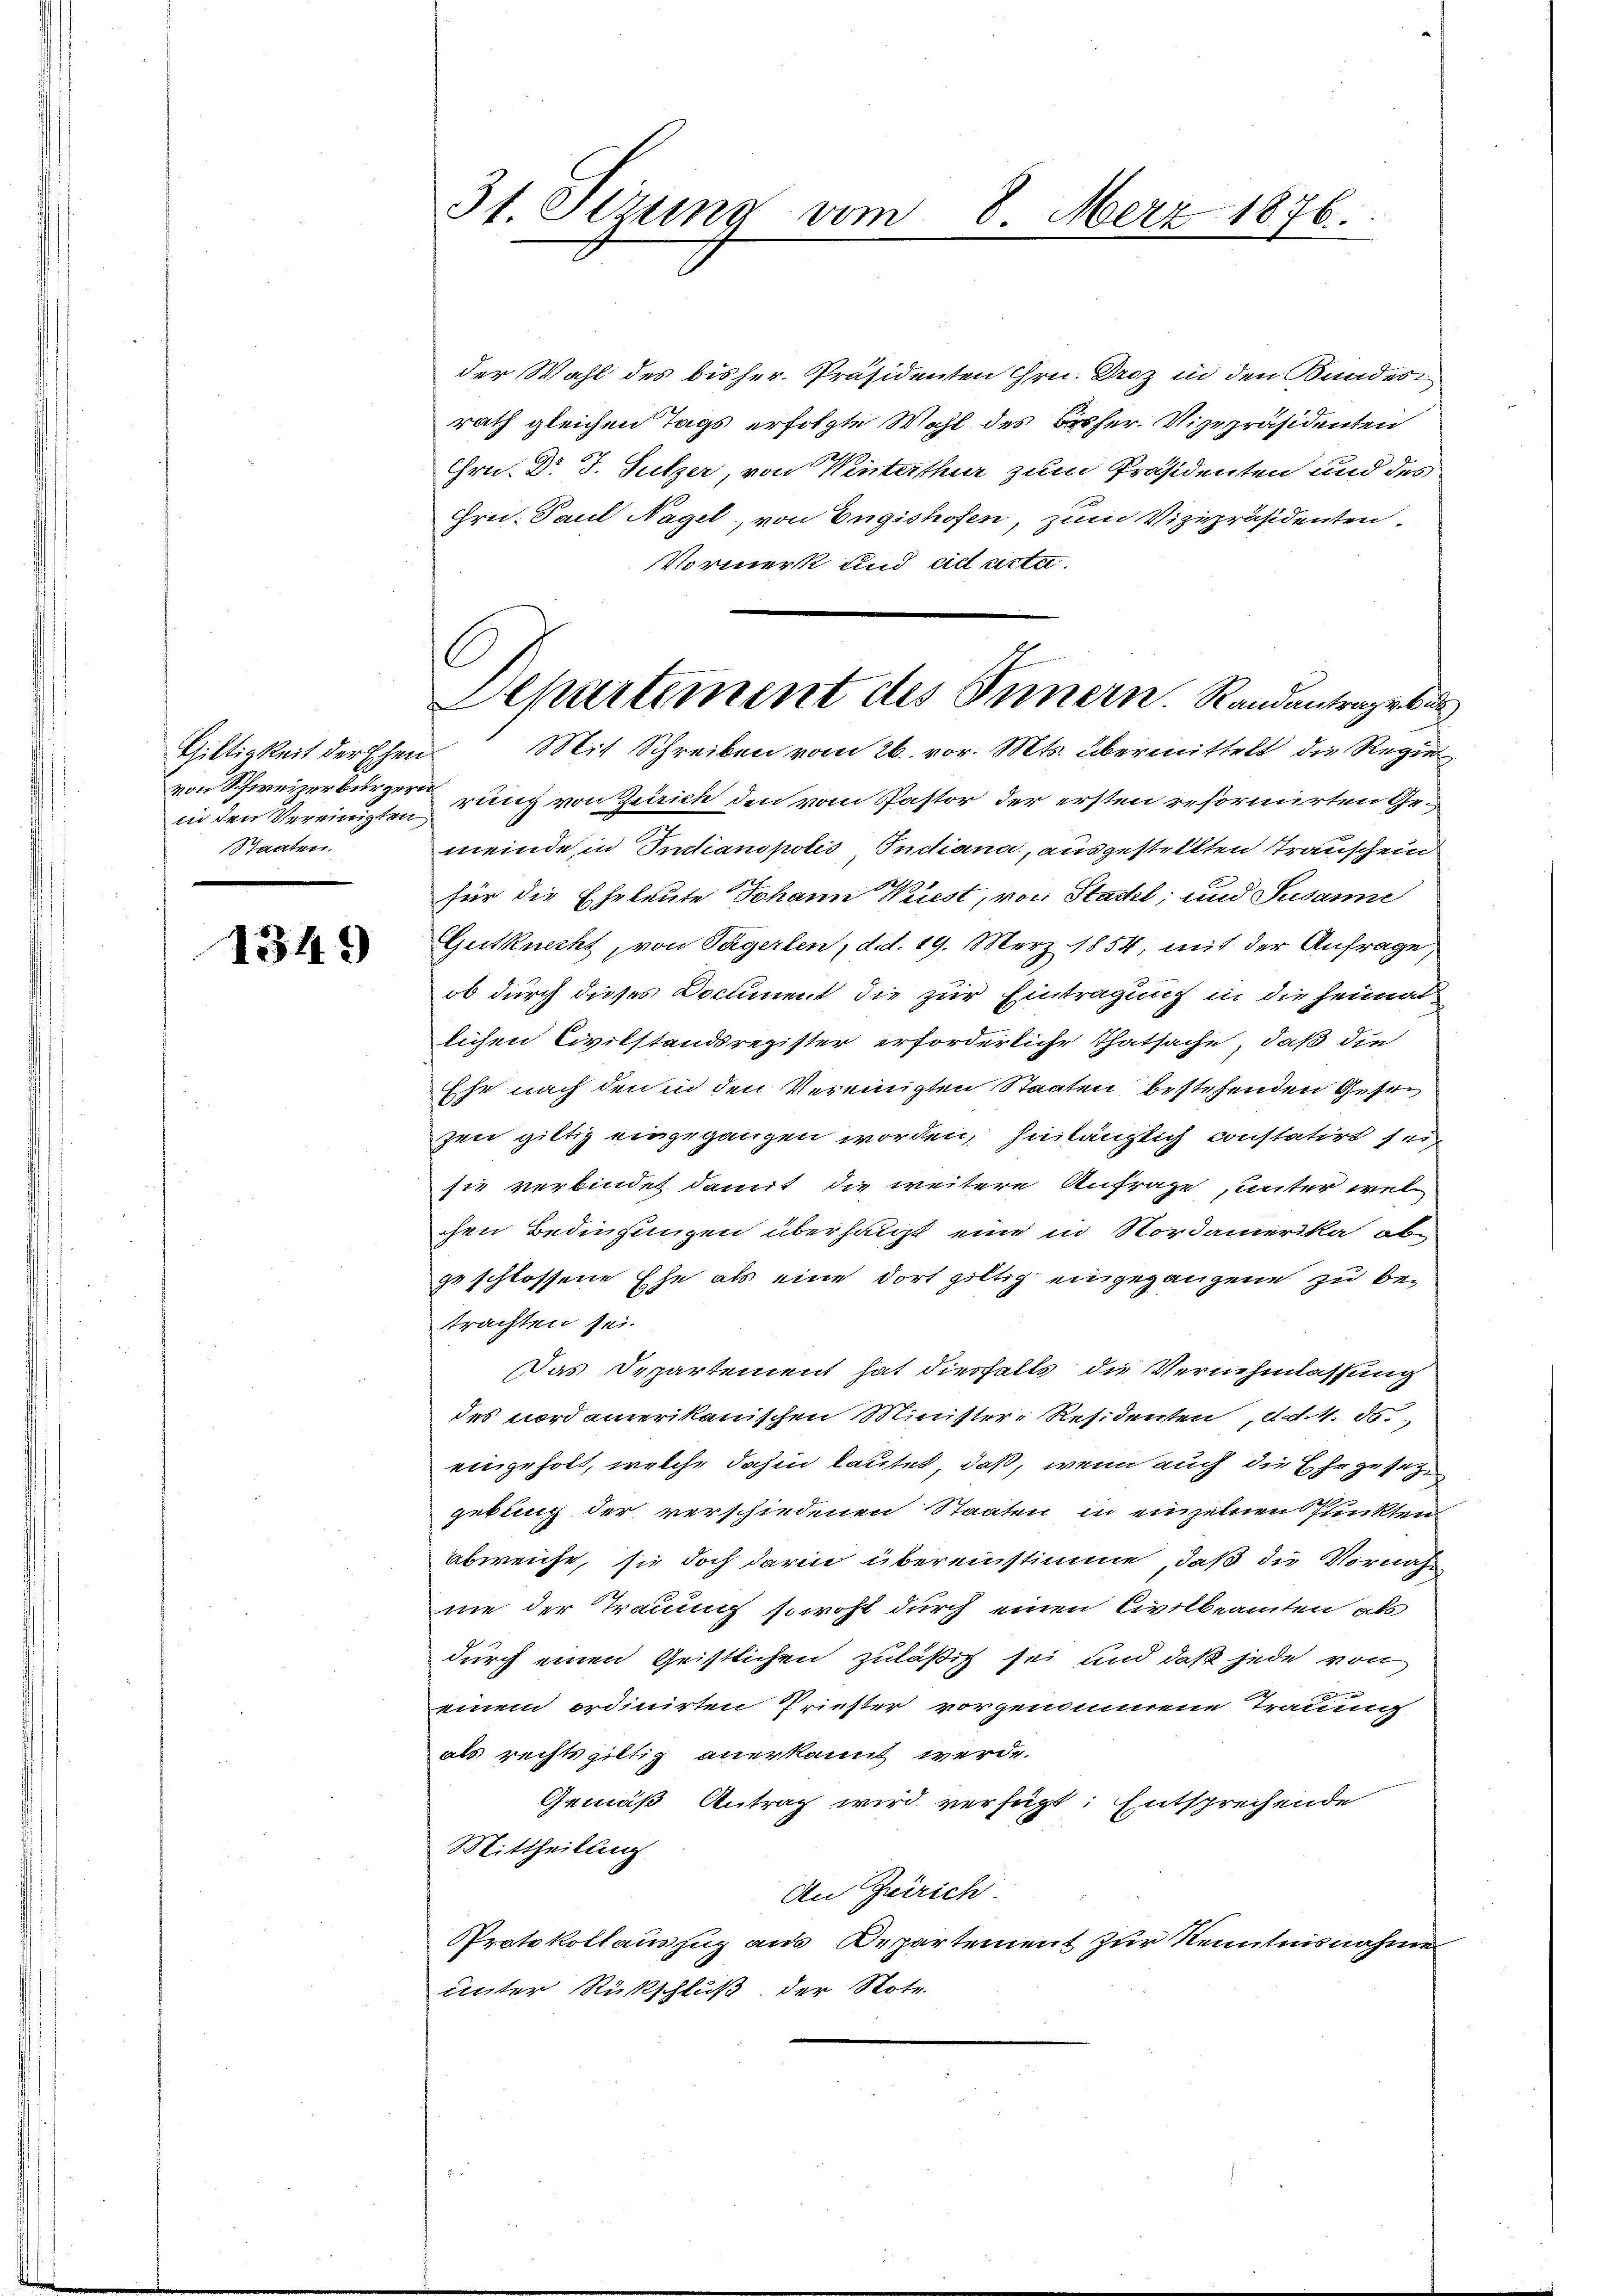
von Schweizerbürger
in den Vereinigten,
Staaten.

1349)

31. Serung vom

der Wahl des bisher. Präsidenten Hrn. Droz in den Baades
rath gleichen Tags erfolgte Wahl des Bisher Vizepräsidenten
Hrn. Dr J. Sulzer, von Winterthur zum Präsidenten und des
Frei Paul Nagel, von Engishofen, zum Vizepräsidenten.
Vormerk und ad acta.
rung von Zürich den vom Pastor der ersten reformirten Gemeinde in Initianspolis, Indiana, ausgestellten Trauschein
für die Eheleute Johann Wüest, von Stacht; und Susanne
Gutknecht, von Tägerlen, d. d. 19. März 1854, mit der Anfrage,
ob durch dieses Document die zur Eintragung in die Heimat
lichen Civilstandsregister erforderliche Thatsache, daß die
Ehe nach den in den Vereinigten Staaten bestehenden Gesezen giltig eingegangen worden, hinlänglich constatirt sei
sie verbindet damit die weitere Anfrage, unter wel
chen Bedingungen überhalt eine in Nordamerika abe
geschlossene Ehe als eine dort giltig eingegangene zu betrachten sei.
Das Departement hat diesfalls die Vernehmlassung
des nordamerikanischen Minister-Residenten, d. 4. ds.
eingeholt, welche dahin lautet, daß, wenn auch die Ehe gesetz
gebung der verschiedenen Staaten in einzelnen Punkten
abweiche, sie doch darin übereinstimme, daß die Vornahme der Trauung sowohl durch einen Civilbeamten als
durch einen Geistlichen zuläßig sei und daß jede von
einem ordinirten Priester vorgenommene Trauung
als rechts giltig anerkannt werde.
Gemäß Antrag wird verfügt: Entsprechende
Mittheilung
An Zürich
Protokollauszug aus Departement zur Kenntnisnahme
unter Rückschluß der Note

8. März 1876.

Departiment des Innern. Randantrages de
Giltigkeit der Ehen Mit Schreiben vom 26. vor. Mts. übermittelt die Regier